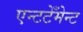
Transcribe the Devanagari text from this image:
एन्टटेँमेन्ट